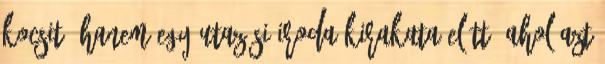
kocsit, hanem egy utazási iroda kirakata előtt, ahol azt